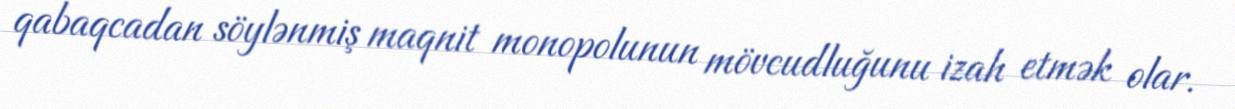
qabaqcadan söylənmiş maqnit monopolunun mövcudluğunu izah etmək olar.